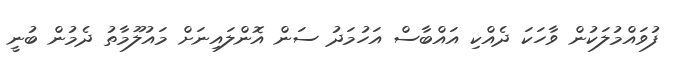
ފުވައްމުލަކުން ވާހަކަ ދެއްކި އައްބާސް އަހުމަދު ސަން އޮންލައިނަށް މައުލޫމާތު ދެމުން ބުނީ